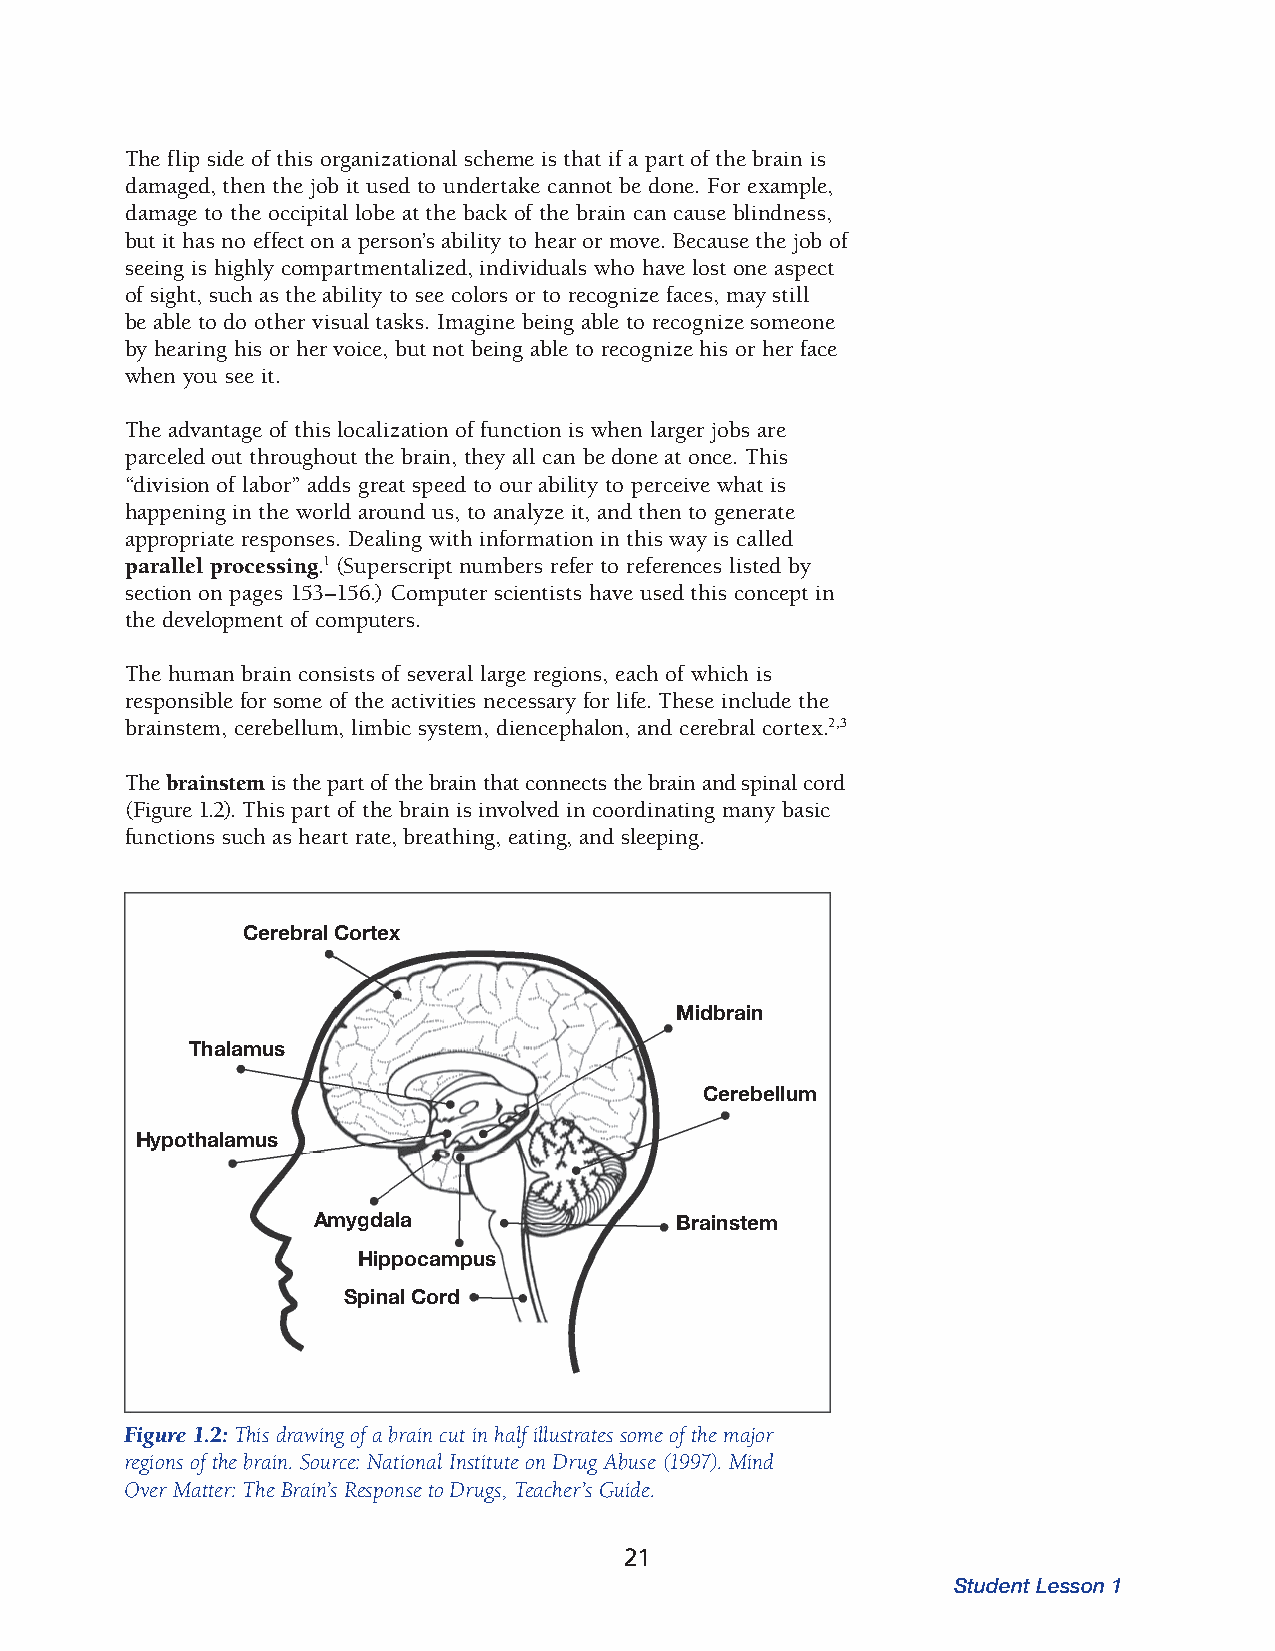
The flip side of this organizational scheme is that if a part of the brain is
 dama ged, then the job it used to undertake cannot be done. For example,
 damage to the occipital lobe at the back of the brain can cause blindness,
 but it has no effect on a person’s ability to hear or move. Because the job of
 seeing is highly compartmentalized, individuals who have lost one aspect
 of sight, such as the ability to see colors or to recognize faces, may still
 be able to do other visual tasks. Imagine being able to recognize someone
 by hearing his or her voice, but not being able to recognize his or her face
 when you see it.
 The advantage of this localization of function is when larger jobs are
 parceled out throughout the brain, they all can be done at once. This
 “division of labor” adds great speed to our ability to perceive what is
 happening in the world around us, to analyze it, and then to generate
 appropriate responses. Dealing with information in this way is called
 parallel processing.1 (Superscript numbers refer to references listed by
 section on pages 153–156.) Computer scientists have used this concept in
 the development of computers.
 The human brain consists of several large regions, each of which is
 responsible for some of the activities necessary for life. These include the
 brainstem, cere bellum, limbic system, diencephalon, and cerebral cortex.2,3
 The brainstem is the part of the brain that connects the brain and spinal cord
 (Figure 1.2). This part of the brain is involved in coordinating many basic
 functions such as heart rate, breathing, eating, and sleeping.
 Cerebral Cortex
 Midbrain
 Thalamus
 Cerebellum
 Hypothalamus
 Amygdala                Brainstem
 Hippocampus
 Spinal Cord
 Figure 1.2: This drawing of a brain cut in half illustrates some of the major
 regions of the brain. Source: National Institute on Drug Abuse (1997). Mind
 Over Matter: The Brain’s Response to Drugs, Teacher’s Guide.
 21
 Student Lesson 1